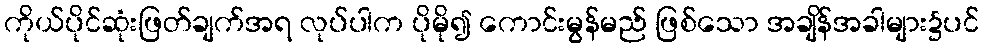
ကိုယ်ပိုင်ဆုံးဖြတ်ချက်အရ လုပ်ပါက ပိုမို၍ ကောင်းမွန်မည် ဖြစ်သော အချိန်အခါများ၌ပင်